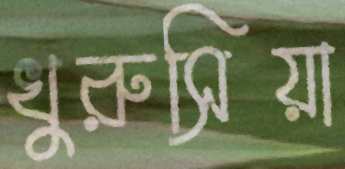
খুরুসিয়া